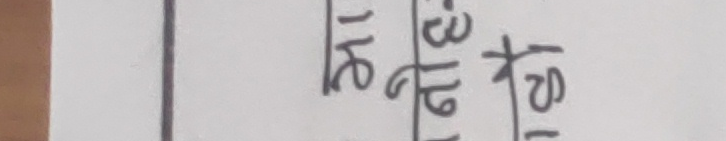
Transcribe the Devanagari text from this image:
३।१९।१६ तारिख